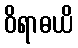
ဝိရာဓယိ